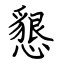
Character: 懇